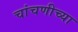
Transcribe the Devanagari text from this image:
चांचणीच्या